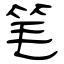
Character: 笔